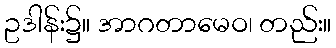
ဥဒါန်း၌။ အာဂတာမေဝ၊ တည်း။